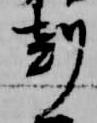
剋